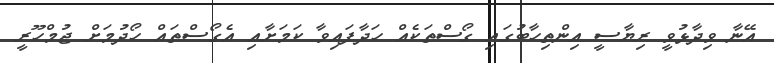
އޭނާ ވިދާޅުވީ ރިޔާސީ އިންތިހާބުގައި ގޯސްތަކެއް ހަދާފައިވާ ކަމަށާއި އެގޯސްތައް ހޯދުމަށް ޖުމްހޫރީ